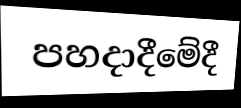
පහදාදීමේදී